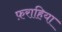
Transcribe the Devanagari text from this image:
फ़राहिया